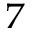
_ { 7 }